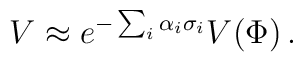
V\approx e^{-\sum_{i}\alpha_{i}\sigma_{i}} V(\Phi)\, .